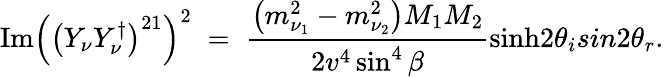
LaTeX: \mathrm{Im}\left(\left(Y_{\nu}Y_{\nu}^{\dagger}\right)^{21}\right)^{2}\; =\; {\frac{\left(m_{\nu_{1}}^{2}-m_{\nu_{2}}^{2}\right)M_{1}M_{2}}{2v^{4}\sin^{4}\beta}}\mathrm{sinh}2\theta_{i}sin2\theta_{r}.